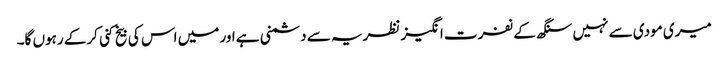
میری مودی سے نہیں سنگھ کے نفرت انگیز نظریہ سے دشمنی ہے اور میں اس کی بیخ کنی کرکے رہوں گا۔